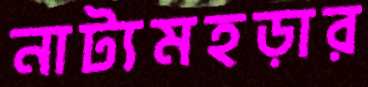
নাট্যমহড়ার